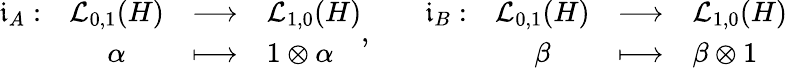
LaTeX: \begin{array}{rcll}{\mathfrak{i}_{A}:}&{\mathcal{L}_{0,1}(H)}&{\longrightarrow}&{\mathcal{L}_{1,0}(H)}\\ &{\alpha}&{\longmapsto}&{1\otimes\alpha}\end{array},\qquad\begin{array}{rcll}{\mathfrak{i}_{B}:}&{\mathcal{L}_{0,1}(H)}&{\longrightarrow}&{\mathcal{L}_{1,0}(H)}\\ &{\beta}&{\longmapsto}&{\beta\otimes 1}\end{array}